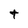
Character: t